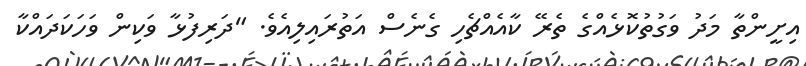
އިށީންތާ މަދު ވަގުތުކޮޅެއްގެ ތެރޭ ކާއެއްޗެހި ގެނެސް އަތުރައިލިއެވެ. "ދަރިފުޅާ ވަކިން ވަހަކަދައްކާ